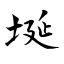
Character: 埏